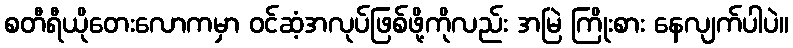
စတီရီယိုတေးလောကမှာ ဝင်ဆံ့အလုပ်ဖြစ်ဖို့ကိုလည်း အမြဲ ကြိုးစား နေလျက်ပါပဲ။